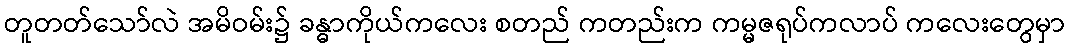
တူတတ်သော်လဲ အမိဝမ်း၌ ခန္ဓာကိုယ်ကလေး စတည် ကတည်းက ကမ္မဇရုပ်ကလာပ် ကလေးတွေမှာ